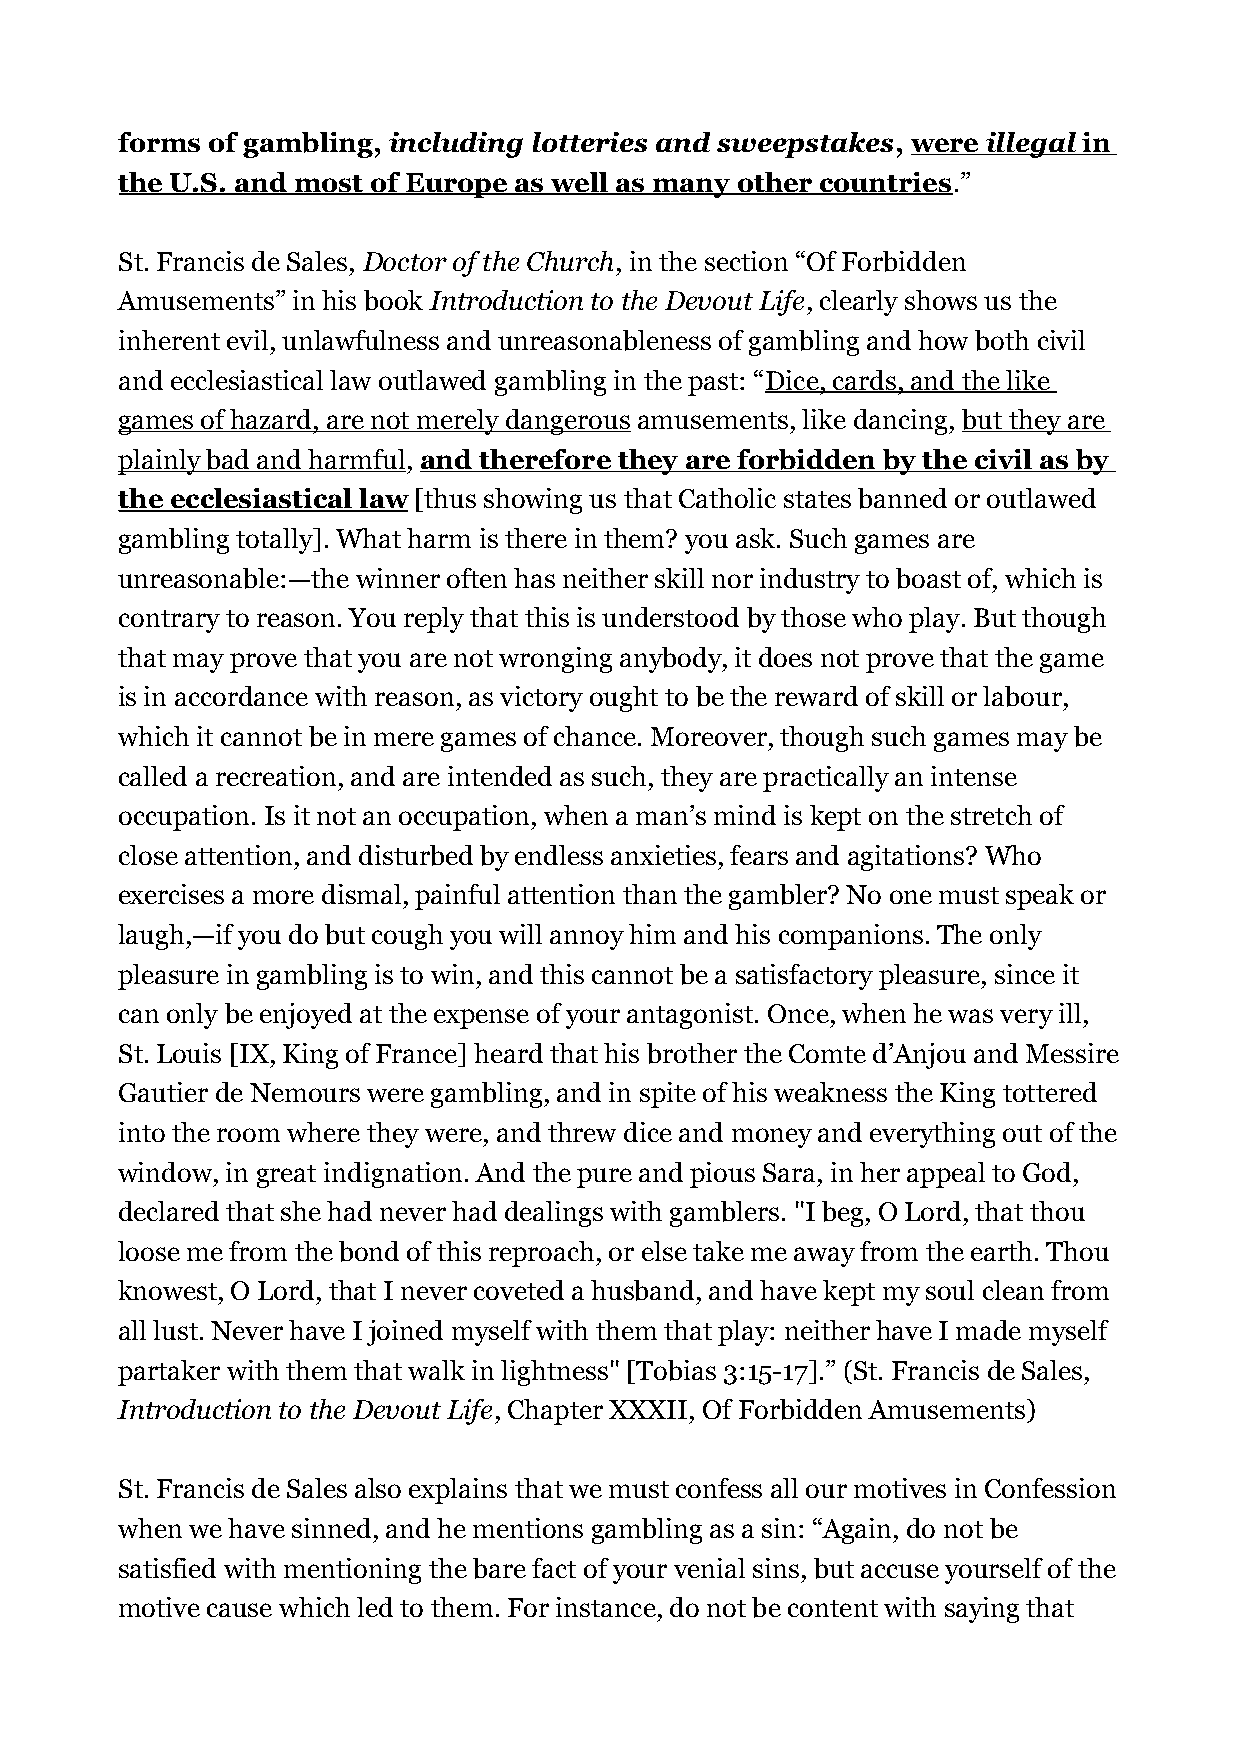
forms of gambling, including lotteries and sweepstakes, were illegal in
 the U.S. and most of Europe as well as many other countries.”
 St. Francis de Sales, Doctor of the Church, in the section “Of Forbidden
 Amusements” in his book Introduction to the Devout Life, clearly shows us the
 inherent evil, unlawfulness and unreasonableness of gambling and how both civil
 and ecclesiastical law outlawed gambling in the past: “Dice, cards, and the like
 games of hazard, are not merely dangerous amusements, like dancing, but they are
 plainly bad and harmful, and therefore they are forbidden by the civil as by
 the ecclesiastical law [thus showing us that Catholic states banned or outlawed
 gambling totally]. What harm is there in them? you ask. Such games are
 unreasonable:—the winner often has neither skill nor industry to boast of, which is
 contrary to reason. You reply that this is understood by those who play. But though
 that may prove that you are not wronging anybody, it does not prove that the game
 is in accordance with reason, as victory ought to be the reward of skill or labour,
 which it cannot be in mere games of chance. Moreover, though such games may be
 called a recreation, and are intended as such, they are practically an intense
 occupation. Is it not an occupation, when a man’s mind is kept on the stretch of
 close attention, and disturbed by endless anxieties, fears and agitations? Who
 exercises a more dismal, painful attention than the gambler? No one must speak or
 laugh,—if you do but cough you will annoy him and his companions. The only
 pleasure in gambling is to win, and this cannot be a satisfactory pleasure, since it
 can only be enjoyed at the expense of your antagonist. Once, when he was very ill,
 St. Louis [IX, King of France] heard that his brother the Comte d’Anjou and Messire
 Gautier de Nemours were gambling, and in spite of his weakness the King tottered
 into the room where they were, and threw dice and money and everything out of the
 window, in great indignation. And the pure and pious Sara, in her appeal to God,
 declared that she had never had dealings with gamblers. "I beg, O Lord, that thou
 loose me from the bond of this reproach, or else take me away from the earth. Thou
 knowest, O Lord, that I never coveted a husband, and have kept my soul clean from
 all lust. Never have I joined myself with them that play: neither have I made myself
 partaker with them that walk in lightness" [Tobias 3:15-17].” (St. Francis de Sales,
 Introduction to the Devout Life, Chapter XXXII, Of Forbidden Amusements)
 St. Francis de Sales also explains that we must confess all our motives in Confession
 when we have sinned, and he mentions gambling as a sin: “Again, do not be
 satisfied with mentioning the bare fact of your venial sins, but accuse yourself of the
 motive cause which led to them. For instance, do not be content with saying that